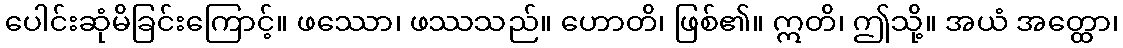
ပေါင်းဆုံမိခြင်းကြောင့်။ ဖဿော၊ ဖဿသည်။ ဟောတိ၊ ဖြစ်၏။ ဣတိ၊ ဤသို့။ အယံ အတ္ထော၊